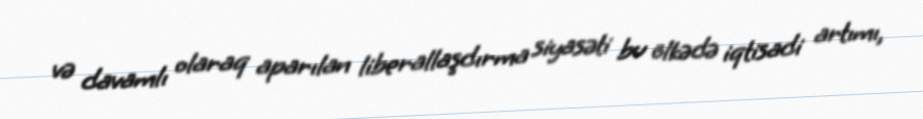
və davamlı olaraq aparılan liberallaşdırma siyasəti bu ölkədə iqtisadi artımı,